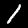
Label: 1